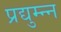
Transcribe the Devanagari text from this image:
प्रद्युम्न्न